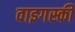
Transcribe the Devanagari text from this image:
वाइगस्की